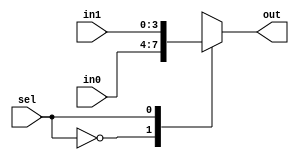
module mux_4bits(in0, in1, sel, out);
parameter N = 3;
input [N:0] in0;
input [N:0] in1;
input sel;
output reg [N:0] out;

always @(*) begin
  case (sel)
      0 : out = in0;
      1 : out = in1;
  endcase
end

endmodule // adder_4bits